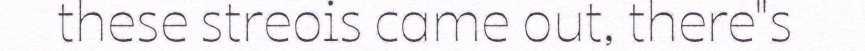
these streois came out, there"s